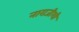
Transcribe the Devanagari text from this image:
नाराजीशी